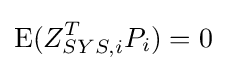
\operatorname {E} (Z_{SYS,i}^{T}P_{i})=0